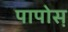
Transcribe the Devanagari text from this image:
पापोस़